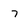
Character: 7